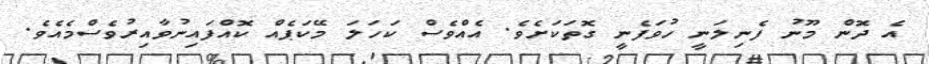
އެ ދޮން މޫނު ފެނިލަނީ ހުވަފެނީ ގޮތަކަށެވެ. އެއްވެސް ކަހަލަ މޭކަޕެއް ކޮއްފައިނުވާއިރުވެސްމެއެވެ.